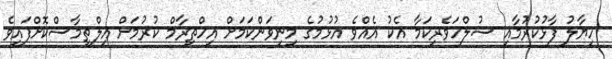
ހިޔާލު ފާޅުކުރުމާއި ސުލްހަވެރިކަމާ އެކު އެއްވެ އުޅުމުގެ މިނިވަންކަމަށް އިހްތިރާމް ކުރުމަށް އިލްތިމާސްކޮށްފައިވެ